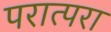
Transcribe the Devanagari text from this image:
परात्परा